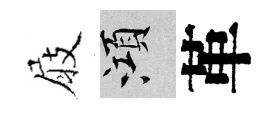
屐澒革